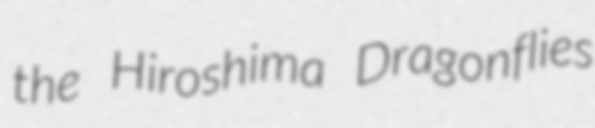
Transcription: the Hiroshima Dragonflies